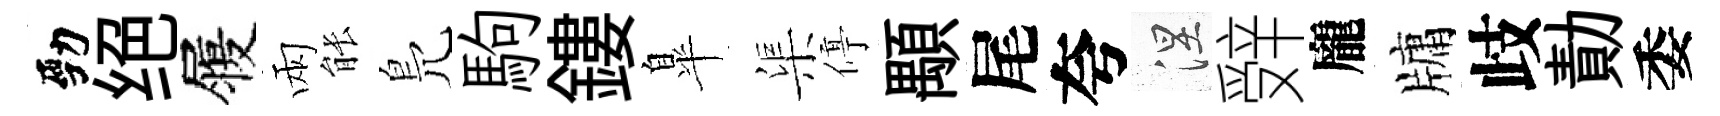
勁绝履兩䏻鳬駒鏤臯渠停顒尾夸涅辤龐牗歧勣委